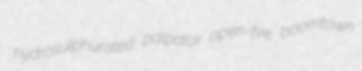
hydrosulphurated palpator open-fire boomtown